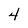
Character: 4